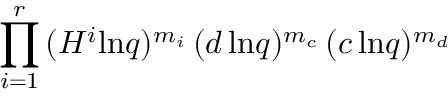
\prod _ { i = 1 } ^ { r } \, ( H ^ { i } \mathrm { l n } q ) ^ { m _ { i } } \, ( d \, \mathrm { l n } q ) ^ { m _ { c } } \, ( c \, \mathrm { l n } q ) ^ { m _ { d } }